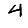
Digit: 4